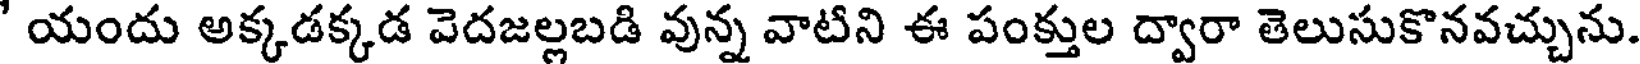
' యందు అక్కడక్కడ వెదజల్లబడి వున్న వాటిని ఈ పంక్తుల ద్వారా తెలుసుకొనవచ్చును.